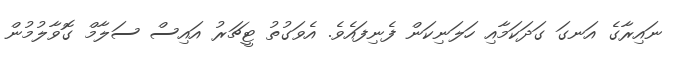
ނައިރާގެ އަނގަ ގަދަކަމާއި ހަލަނިކަން ފެނިފައެވެ. އެވަގުތު ޓީޗަރު އައިސް ސަލާމް ގޮވާލުމުން